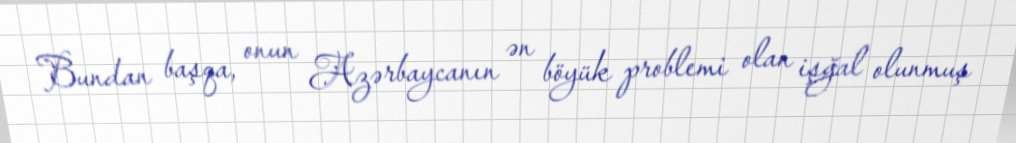
Bundan başqa, onun Azərbaycanın ən böyük problemi olan işğal olunmuş